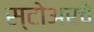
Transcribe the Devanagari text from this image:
स्टोअरचे